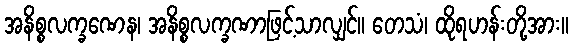
အနိစ္စလက္ခဏေန၊ အနိစ္စလက္ခဏာဖြင့်သာလျှင်။ တေသံ၊ ထိုရဟန်းတို့အား။